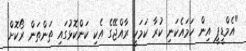
"އެމްޑީޕީ އިން ހަމައެކަނި ކުރާ ކަމަކީ ރާއްޖޭގެ އެކި ކަންކޮޅުގައި ތަންތަން ރޯކޮށް